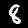
Label: 8